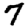
Digit: 7